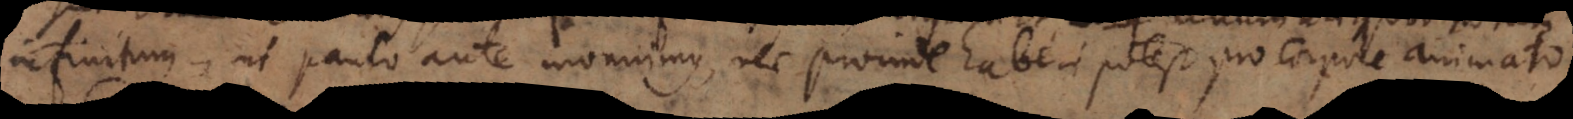
infinitum, ut paulo ante monuimus, nec proinde haberi potest pro corpore animato.